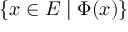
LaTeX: \{ x \in E \mid \Phi ( x ) \}